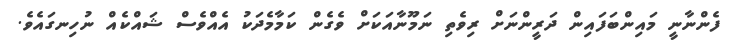
ފެންނާނީ މައިންބަފައިން ދަރީންނަށް ރިވެތި ނަމޫނާއަކަށް ވެގެން ކަމާމެދަކު އެއްވެސް ޝައްކެއް ނުހިނގައެވެ.